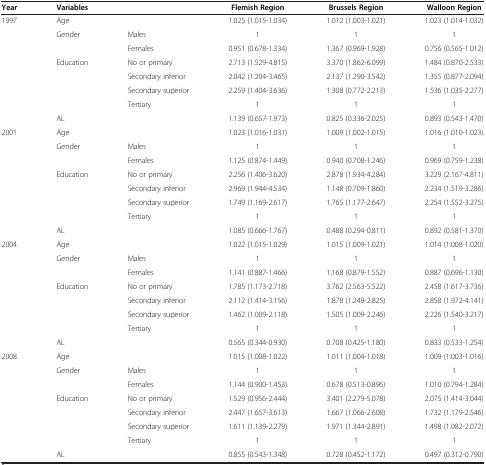
<table><thead><tr><td><b>Year</b></td><td colspan="2"><b>Variables</b></td><td><b>Flemish Region</b></td><td><b>Brussels Region</b></td><td><b>Walloon Region</b></td></tr></thead><tbody><tr><td rowspan="8">1997</td><td>Age</td><td> </td><td>1.025 (1.015-1.034)</td><td>1.012 (1.003-1.021)</td><td>1.023 (1.014-1.032)</td></tr><tr><td>Gender</td><td>Males</td><td>1</td><td>1</td><td>1</td></tr><tr><td> </td><td>Females</td><td>0.951 (0.678-1.334)</td><td>1.367 (0.969-1.928)</td><td>0.756 (0.565-1.012)</td></tr><tr><td>Education</td><td>No or primary</td><td>2.713 (1.529-4.815)</td><td>3.370 (1.862-6.099)</td><td>1.484 (0.870-2.533)</td></tr><tr><td> </td><td>Secondary inferior</td><td>2.042 (1.204-3.465)</td><td>2.137 (1.290-3.542)</td><td>1.355 (0.877-2.094)</td></tr><tr><td> </td><td>Secondary superior</td><td>2.259 (1.404-3.636)</td><td>1.308 (0.772-2.213)</td><td>1.536 (1.035-2.277)</td></tr><tr><td> </td><td>Tertiary</td><td>1</td><td>1</td><td>1</td></tr><tr><td>AL</td><td> </td><td>1.139 (0.657-1.973)</td><td>0.825 (0.336-2.025)</td><td>0.893 (0.543-1.470)</td></tr><tr><td rowspan="8">2001</td><td>Age</td><td> </td><td>1.023 (1.016-1.031)</td><td>1.009 (1.002-1.015)</td><td>1.016 (1.010-1.023)</td></tr><tr><td>Gender</td><td>Males</td><td>1</td><td>1</td><td>1</td></tr><tr><td> </td><td>Females</td><td>1.125 (0.874-1.449)</td><td>0.940 (0.708-1.246)</td><td>0.969 (0.759-1.238)</td></tr><tr><td>Education</td><td>No or primary</td><td>2.256 (1.406-3.620)</td><td>2.878 (1.934-4.284)</td><td>3.229 (2.167-4.811)</td></tr><tr><td> </td><td>Secondary inferior</td><td>2.969 (1.944-4.534)</td><td>1.148 (0.709-1.860)</td><td>2.234 (1.519-3.286)</td></tr><tr><td> </td><td>Secondary superior</td><td>1.749 (1.169-2.617)</td><td>1.765 (1.177-2.647)</td><td>2.254 (1.552-3.275)</td></tr><tr><td> </td><td>Tertiary</td><td>1</td><td>1</td><td>1</td></tr><tr><td>AL</td><td> </td><td>1.085 (0.666-1.767)</td><td>0.488 (0.294-0.811)</td><td>0.892 (0.581-1.370)</td></tr><tr><td rowspan="8">2004</td><td>Age</td><td> </td><td>1.022 (1.015-1.029)</td><td>1.015 (1.009-1.021)</td><td>1.014 (1.008-1.020)</td></tr><tr><td>Gender</td><td>Males</td><td>1</td><td>1</td><td>1</td></tr><tr><td> </td><td>Females</td><td>1.141 (0.887-1.466)</td><td>1.168 (0.879-1.552)</td><td>0.887 (0.696-1.130)</td></tr><tr><td>Education</td><td>No or primary</td><td>1.785 (1.173-2.718)</td><td>3.762 (2.563-5.522)</td><td>2.458 (1.617-3.736)</td></tr><tr><td> </td><td>Secondary inferior</td><td>2.112 (1.414-3.156)</td><td>1.878 (1.249-2.825)</td><td>2.858 (1.972-4.141)</td></tr><tr><td> </td><td>Secondary superior</td><td>1.462 (1.009-2.118)</td><td>1.505 (1.009-2.246)</td><td>2.226 (1.540-3.217)</td></tr><tr><td> </td><td>Tertiary</td><td>1</td><td>1</td><td>1</td></tr><tr><td>AL</td><td> </td><td>0.565 (0.344-0.930)</td><td>0.708 (0.425-1.180)</td><td>0.833 (0.533-1.254)</td></tr><tr><td rowspan="7">2008</td><td>Age</td><td> </td><td>1.015 (1.008-1.022)</td><td>1.011 (1.004-1.018)</td><td>1.009 (1.003-1.016)</td></tr><tr><td>Gender</td><td>Males</td><td>1</td><td>1</td><td>1</td></tr><tr><td> </td><td>Females</td><td>1.144 (0.900-1.453)</td><td>0.678 (0.513-0.896)</td><td>1.010 (0.794-1.284)</td></tr><tr><td>Education</td><td>No or primary</td><td>1.529 (0.956-2.444)</td><td>3.401 (2.279-5.078)</td><td>2.075 (1.414-3.044)</td></tr><tr><td> </td><td>Secondary inferior</td><td>2.447 (1.657-3.613)</td><td>1.667 (1.066-2.608)</td><td>1.732 (1.179-2.546)</td></tr><tr><td> </td><td>Secondary superior</td><td>1.611 (1.139-2.279)</td><td>1.971 (1.344-2.891)</td><td>1.498 (1.082-2.072)</td></tr><tr><td> </td><td>Tertiary</td><td>1</td><td>1</td><td>1</td></tr><tr><td> </td><td>AL</td><td> </td><td>0.855 (0.543-1.348)</td><td>0.728 (0.452-1.172)</td><td>0.497 (0.312-0.790)</td></tr></tbody></table>